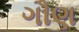
ગૌણ